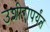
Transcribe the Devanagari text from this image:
उशीरापर्यंत